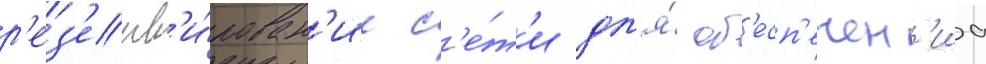
р'ез'ерв'и́рован'ие с'е́т'и дл'я́ об'есп'ечен'иа